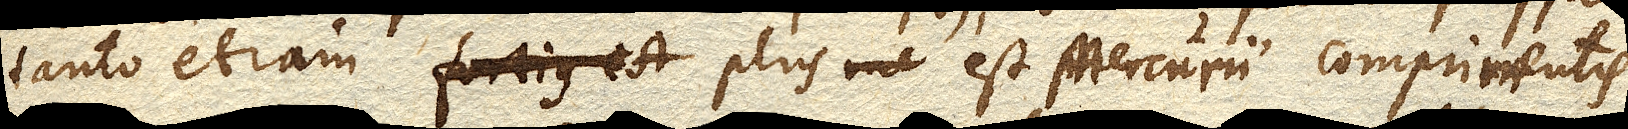
tanto etiam fortius est plus est Mercurii comprimentis.